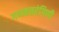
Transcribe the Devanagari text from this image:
गणकतरंगिणी